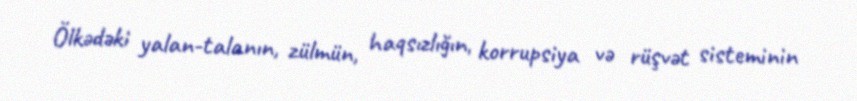
Ölkədəki yalan-talanın, zülmün, haqsızlığın, korrupsiya və rüşvət sisteminin